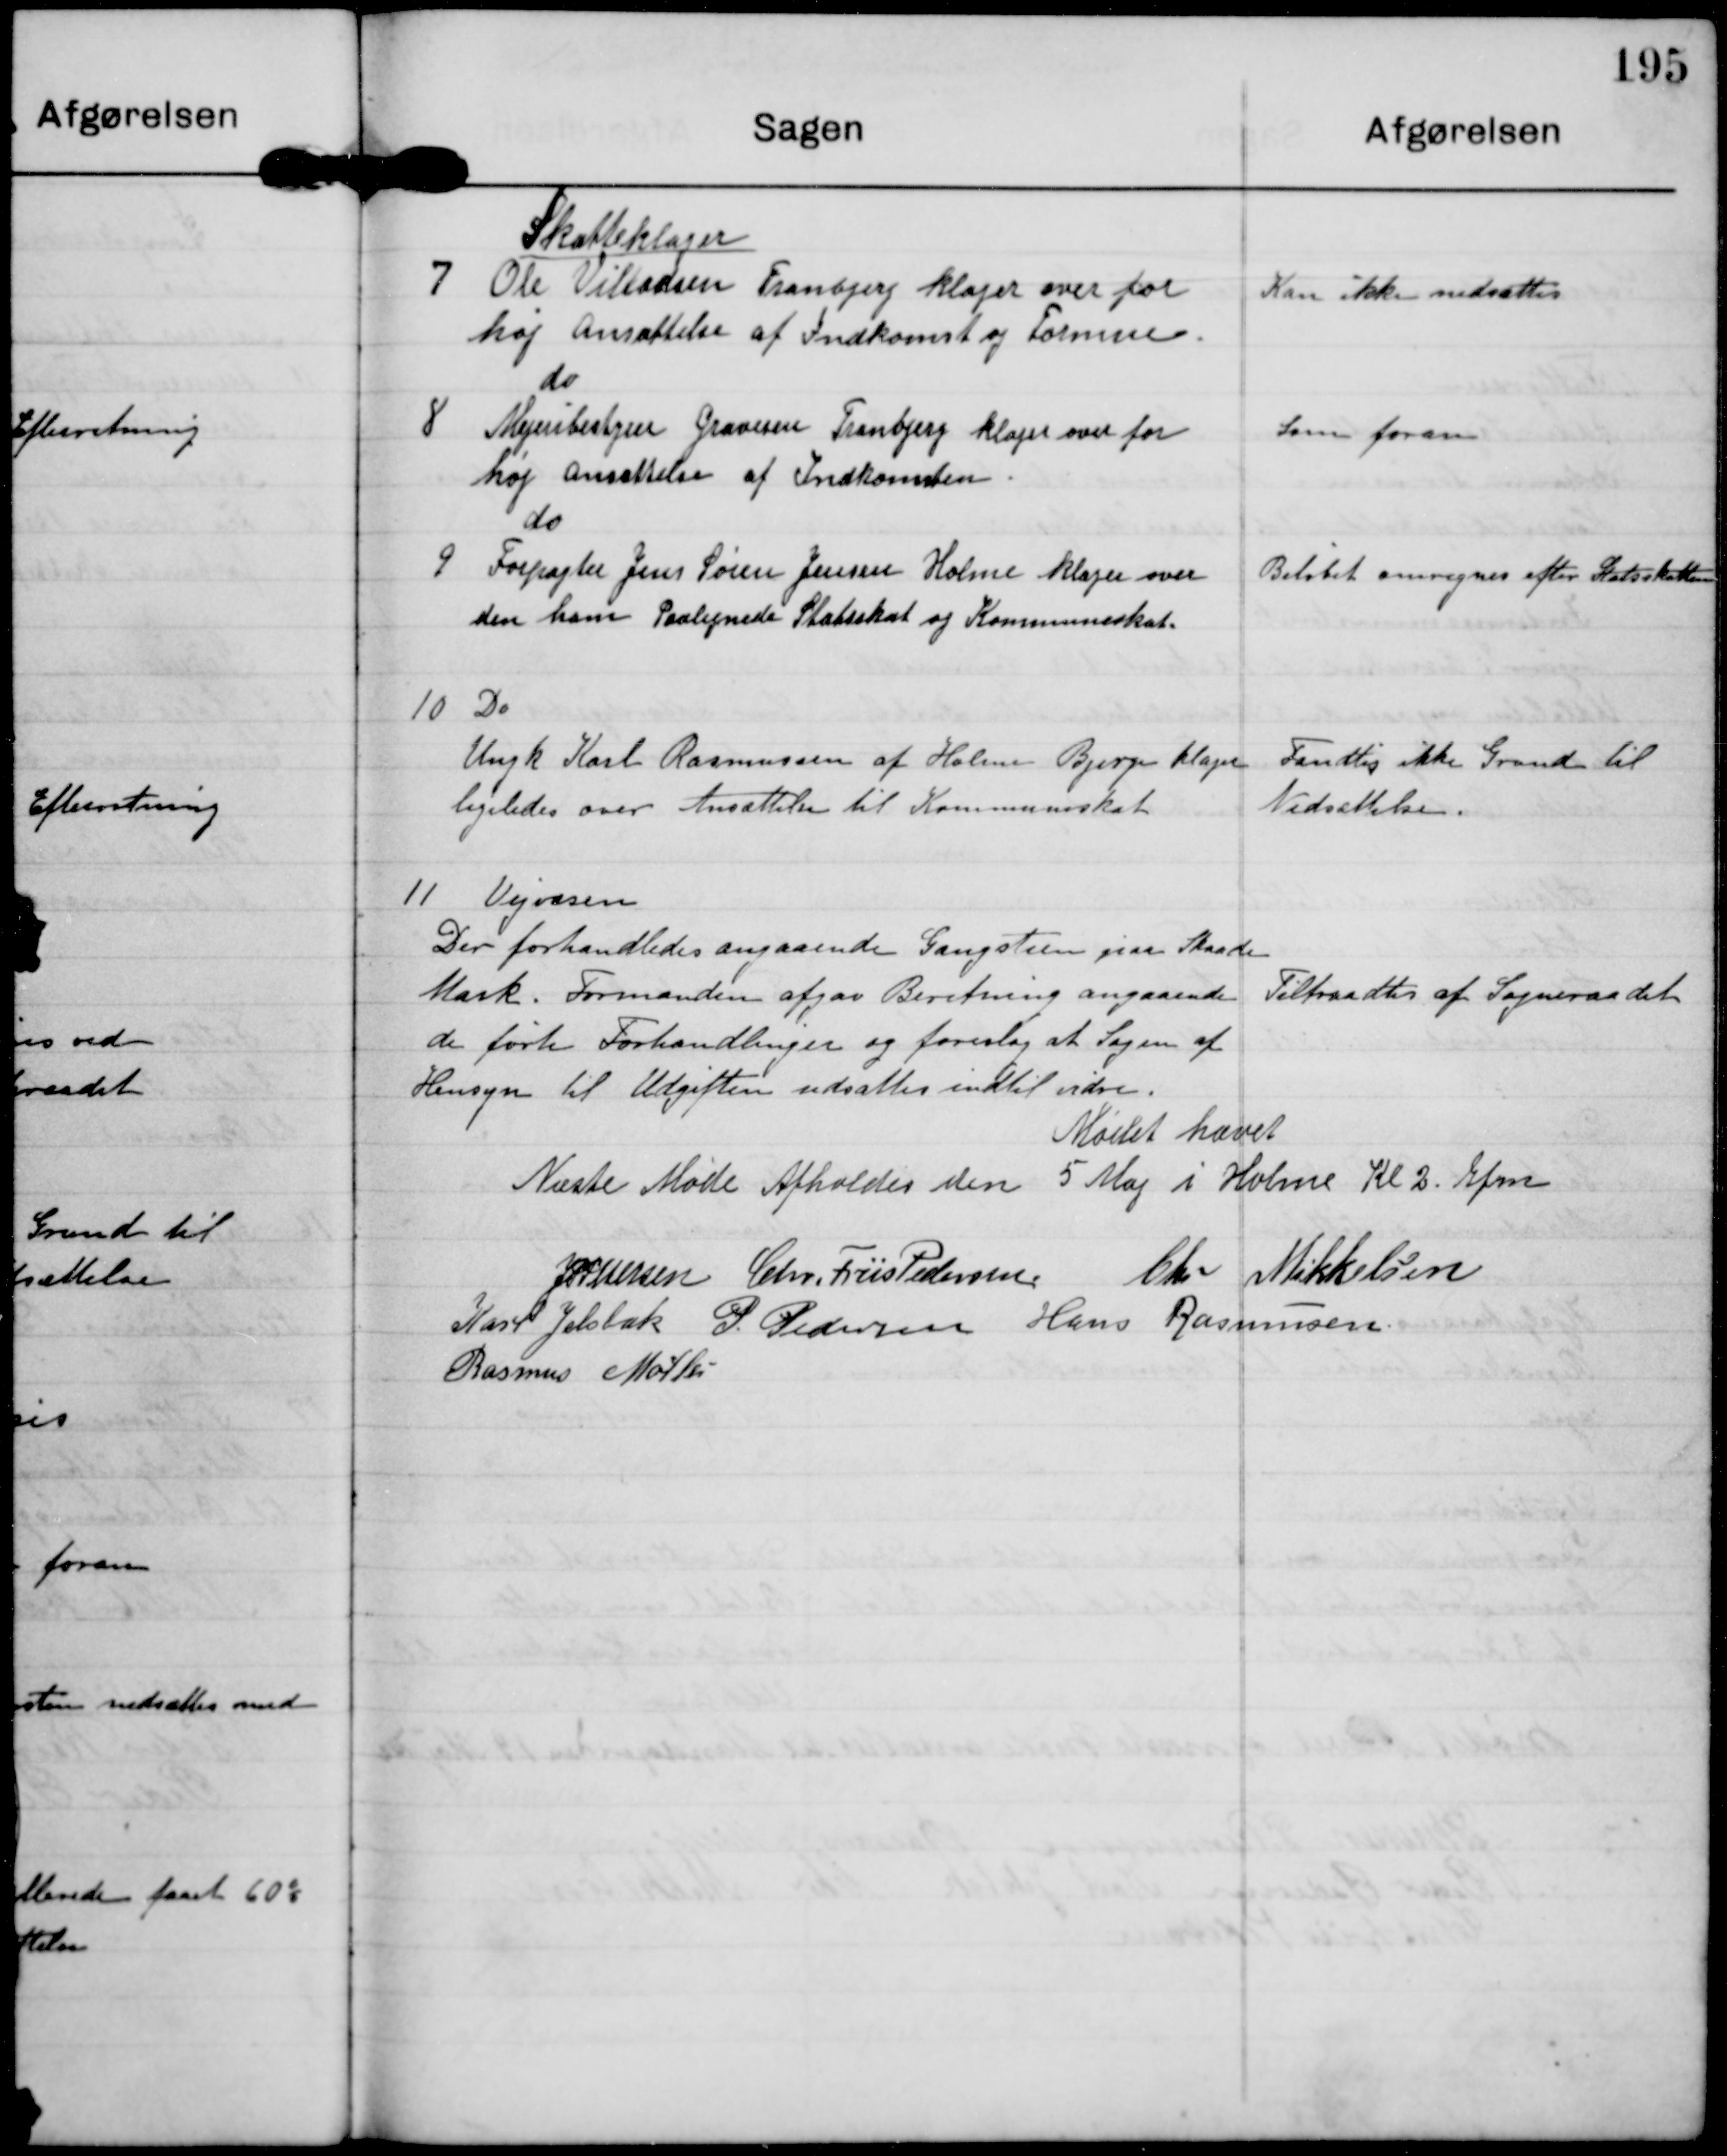
Transskription:
7

Skatteklager
Ole Villadsen Tranbjerg klager over for
høj Ansættelse af Indkomst og Formue

Kan ikke nedsættes

8

do
Mejeribestyrer Graversen Tranbjerg klager over for
høj ansættelse af Indkomsten

Som foran

9

do
Forpagter Jens Søren Jensen Holme klager over
den ham Paalignede Statsskat og Kommuneskat

Beløbet omregnes efter Statsskatten

10

Do
Ungk Karl Rasmussen af Holme Bjerge klager
ligeledes over Ansættelse til Kommuneskat

Fandtes ikke Grund til
Nedsættelse

11 Vejvæsen
Der forhandledes angaaende Gangstien paa Skaade
Mark. Formanden afgav Beretning angaaende
de førte Forhandlinger og foreslog at Sagen af
Hensyn til Udgiften udsattes indtil vidre.

Tiltraadtes af Sogneraadet

Mødet hævet

Næste Møde Afholdes den 5 Maj i Holme Kl. 2 Efm

J P Pedersen

Chr. Friis Pedersen

Chr Mikkelsen

Karl Jelsbak

P. Pedersen

Hans Rasmussen

Rasmus Møller